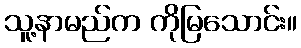
သူ့နာမည်က ကိုမြသောင်း။